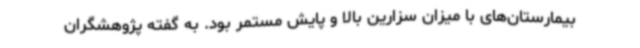
بیمارستان‌های با میزان سزارین بالا و پایش مستمر بود. به گفته پژوهشگران